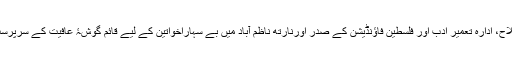
وہ جمعیت الفلاح، ادارہ تعمیر ادب اور فلسطین فاؤنڈیشن کے صدر اورنارتھ ناظم آباد میں بے سہاراخواتین کے لیے قائم گوشۂ عافیت کے سرپرست بھی تھے ۔